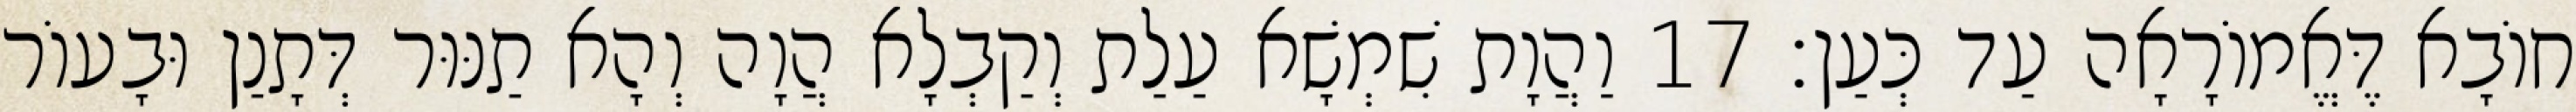
חוֹבָא דֶּאֱמוֹרָאָה עַד כְּעַן׃ 17 וַהֲוָת שִׁמְשָׁא עַלַת וְקַבְלָא הֲוָה וְהָא תַנּוּר דְּתָנַן וּבָעוֹר